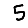
Digit: 5